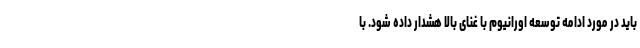
باید در مورد ادامه توسعه اورانیوم با غنای بالا هشدار داده شود. با